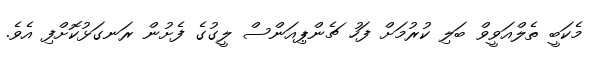
މެކަބީ ތެލްއަވީވް ބަލި ކުރުމަށް ފަހު ޗެންޕިއަންސް ލީގުގެ ފެށުން ރަނގަޅުކޮށްފި އެވެ.